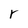
Character: r